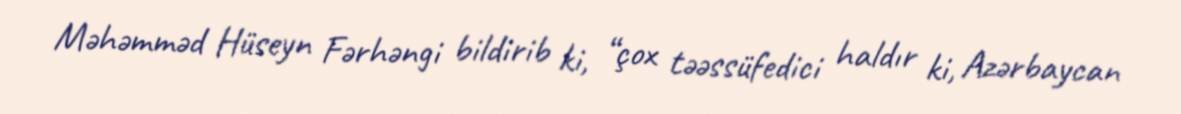
Məhəmməd Hüseyn Fərhəngi bildirib ki, “çox təəssüfedici haldır ki, Azərbaycan